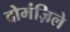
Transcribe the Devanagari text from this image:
दोमंज़िले